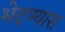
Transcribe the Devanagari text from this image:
भेदण्यास